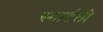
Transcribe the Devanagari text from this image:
स्मार्टली